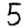
Digit: 5